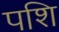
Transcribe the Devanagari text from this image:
पशि